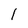
Character: 1